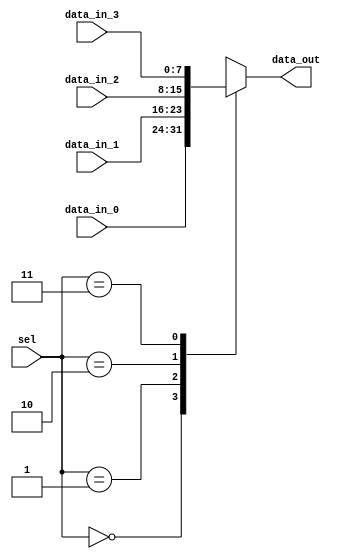
module mux4to1_array (
  input [7:0] data_in_0,
  input [7:0] data_in_1,
  input [7:0] data_in_2,
  input [7:0] data_in_3,
  input [1:0] sel,
  output reg [7:0] data_out
);

always @(*) begin
  case (sel)
    2'b00: data_out = data_in_0;
    2'b01: data_out = data_in_1;
    2'b10: data_out = data_in_2;
    2'b11: data_out = data_in_3;
  endcase
end

endmodule